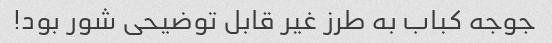
جوجه کباب به طرز غیر قابل توضیحی شور بود!